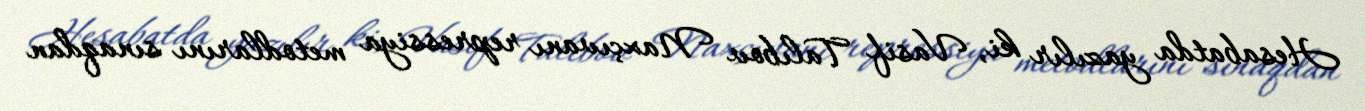
Hesabatda yazılır ki, Vasif Talıbov Naxçıvanı repressiya metodlarını sınaqdan